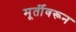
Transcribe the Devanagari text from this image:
मूर्तीवरून